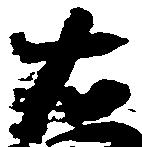
右